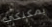
يمكنكي